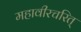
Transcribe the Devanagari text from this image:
महावीरचरित्‌